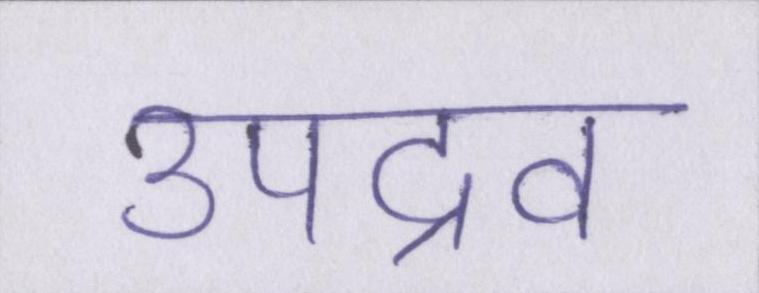
उपद्रव